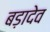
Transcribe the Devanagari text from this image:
बड़ादेव